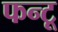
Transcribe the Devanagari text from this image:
फन्टू